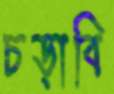
চড়াবি